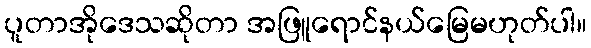
ပူတာအိုဒေသဆိုတာ အဖြူရောင်နယ်မြေမဟုတ်ပါ။